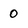
Character: 0